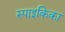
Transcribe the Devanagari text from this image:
स्पाइकिका